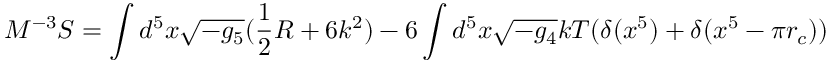
M ^ { - 3 } S = \int d ^ { 5 } x \sqrt { - g _ { 5 } } ( \frac { 1 } { 2 } R + 6 k ^ { 2 } ) - 6 \int d ^ { 5 } x \sqrt { - g _ { 4 } } k T ( \delta ( x ^ { 5 } ) + \delta ( x ^ { 5 } - \pi r _ { c } ) )